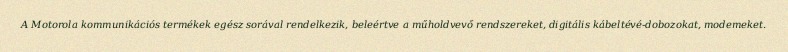
A Motorola kommunikációs termékek egész sorával rendelkezik, beleértve a műholdvevő rendszereket, digitális kábeltévé-dobozokat, modemeket.